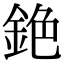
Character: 銫